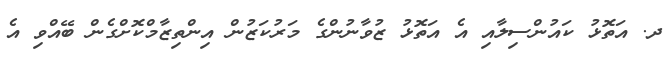
ދ. އަތޮޅު ކައުންސިލާއި އެ އަތޮޅު ޒުވާނުންގެ މަރުކަޒުން އިންތިޒާމްކޮށްގެން ބޭއްވި އެ